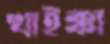
খাইক্কা